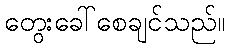
တွေးခေါ်စေချင်သည်။